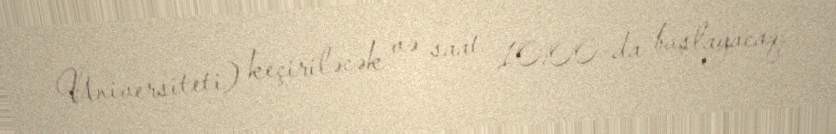
Universiteti) keçiriləcək və saat 10:00-da başlayacaq.